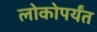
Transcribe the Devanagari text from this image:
लोकोपर्यंत